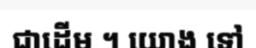
ជាដើម ។ យោង ទៅ